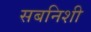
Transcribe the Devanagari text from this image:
सबनिशी